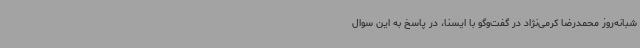
شبانه‌روز محمدرضا کرمی‌نژاد در گفت‌وگو با ایسنا، در پاسخ به این سوال